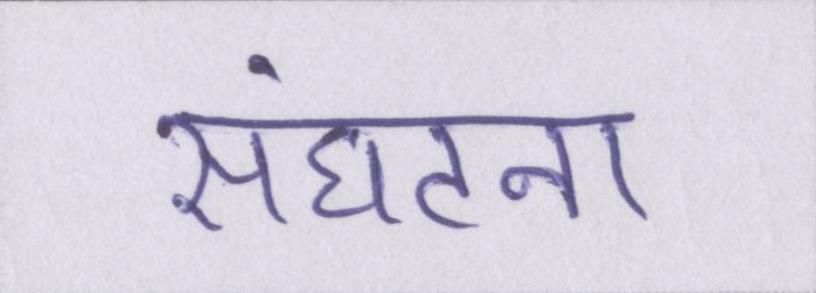
संघटना